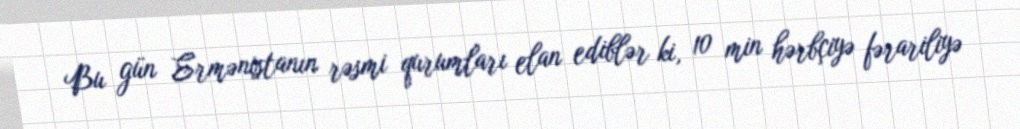
Bu gün Ermənistanın rəsmi qurumları elan ediblər ki, 10 min hərbçiyə fərariliyə